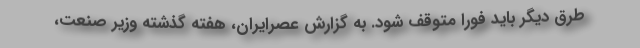
طرق دیگر باید فورا متوقف شود. به گزارش عصرایران، هفته گذشته وزیر صنعت،